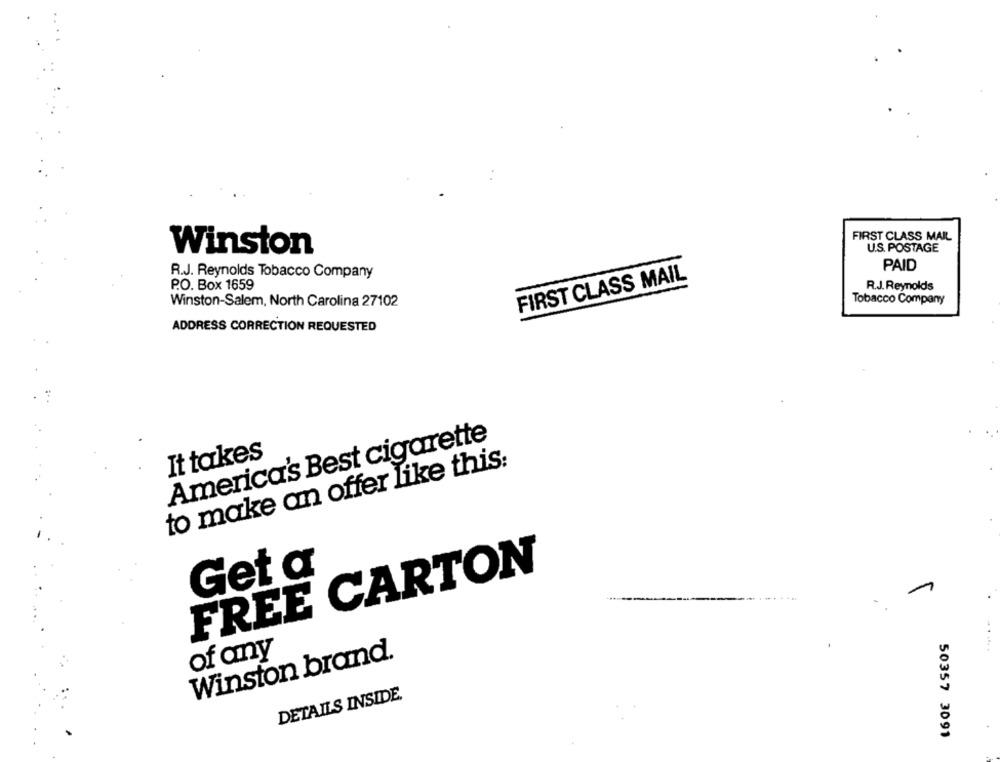
FIRST CLASS MAIL
Winston
U.S. POSTAGE
R.J. Reynolds Tobacco Company
PAID
FIRST CLASS MAIL
P.O. Box 1659
R.J. Reynolds
Winston-Salem, North Carolina 27102
Tobacco Company
ADDRESS CORRECTION REQUESTED
America's Best cigarette
It takes
to make an offer like this:
FREE CARTON
Get a
.......
of any
Winston brand.
DETAILS INSIDE.
50357 3091